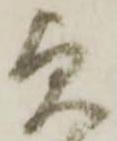
貞